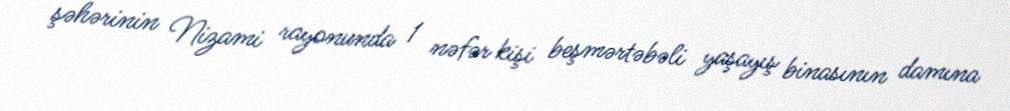
şəhərinin Nizami rayonunda 1 nəfər kişi beşmərtəbəli yaşayış binasının damına